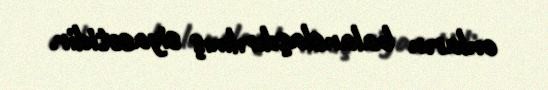
onların balanslaşdırılmış siyasətidir.